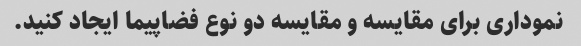
نموداری برای مقایسه و مقایسه دو نوع فضاپیما ایجاد کنید.